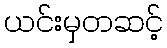
ယင်းမှတဆင့်